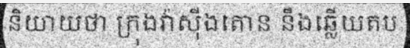
និយាយថា ក្រុងវ៉ាស៊ីងតោន នឹងឆ្លើយតប